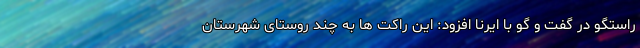
راستگو در گفت و گو با ایرنا افزود: این راکت ها به چند روستای شهرستان